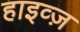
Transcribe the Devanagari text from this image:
हाइव्ज़